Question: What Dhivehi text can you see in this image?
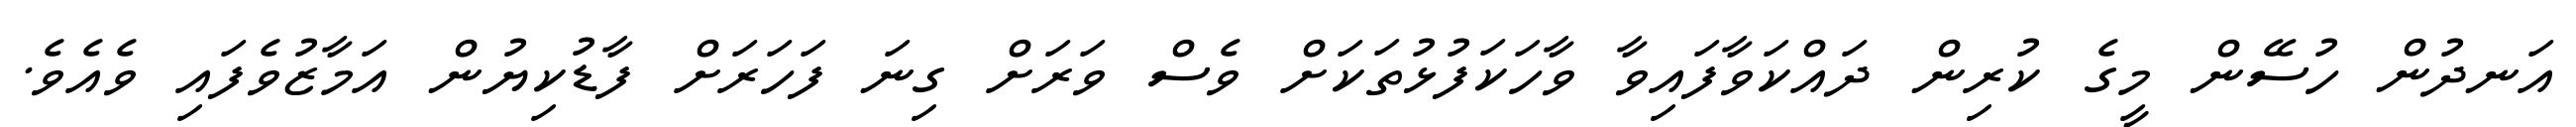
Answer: އަނދުން ހުސޭން މީގެ ކުރިން ދައްކަވާފައިވާ ވާހަކަފުޅުތަކަށް ވެސް ވަރަށް ގިނަ ފަހަރަށް ފާޑުކިޔުން އަމާޒުވެފައި ވެއެވެ.